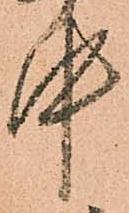
中